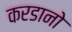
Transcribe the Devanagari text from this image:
करडानो